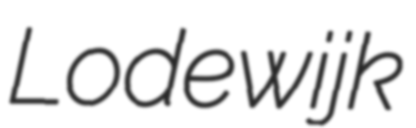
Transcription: Lodewijk